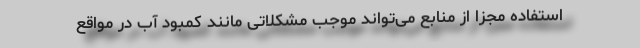
استفاده مجزا از منابع می‌تواند موجب مشکلاتی مانند کمبود آب در مواقع